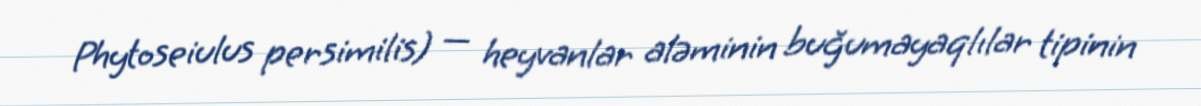
Phytoseiulus persimilis) — heyvanlar aləminin buğumayaqlılar tipinin